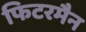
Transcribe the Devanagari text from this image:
फिटरमैन